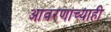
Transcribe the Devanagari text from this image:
आवरणाच्याही